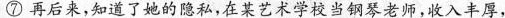
⑦再后来，知道了她的隐私。在某艺术学校当钢琴老师，收入丰厚，